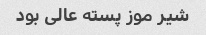
شیر موز پسته عالى بود